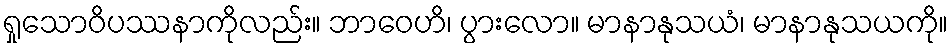
ရှုသောဝိပဿနာကိုလည်း။ ဘာဝေဟိ၊ ပွားလော။ မာနာနုသယံ၊ မာနာနုသယကို။